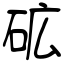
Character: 砿